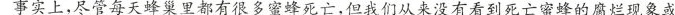
事实上，尽管每天蜂巢里都有很多蜜蜂死亡，但我们从来没有看到死亡蜜蜂的腐烂现象或